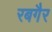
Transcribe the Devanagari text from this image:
रबगैर